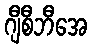
ဂျီစီဘီအေ